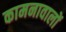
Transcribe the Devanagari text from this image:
कामनावालों